Lunatic asylums Madras 1892-1911 - 1892-1911
Year: 1892
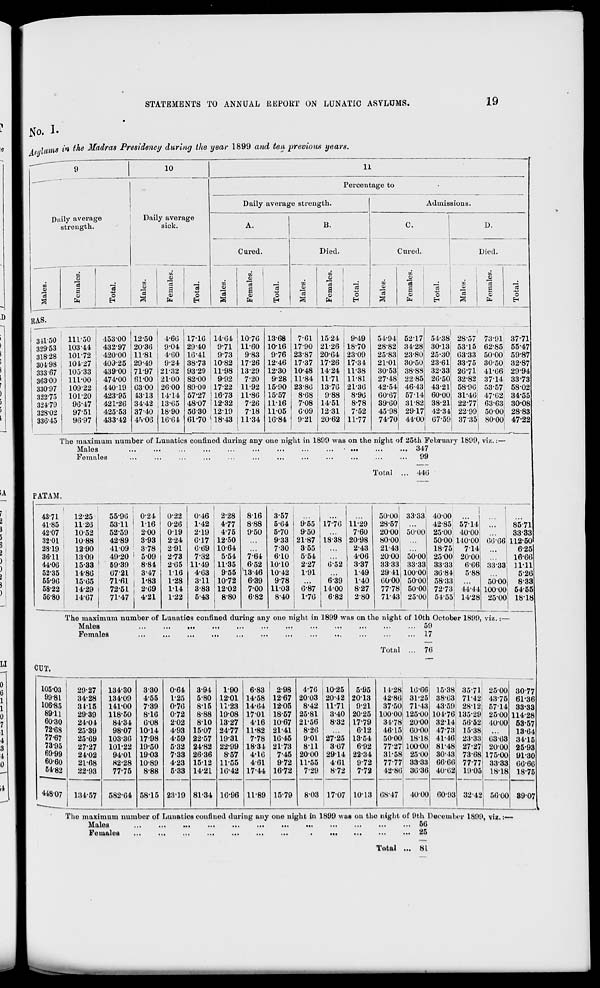
STATEMENTS TO ANNUAL REPORT ON LUNATIC ASYLUMS.
19
No. I-
i-ihinis in the Madras Presidency during the year 1899 and ten previous years.
9
10
Daily average
strength.
CO
<D
m
e3
o
3
a
CD
3
fa
Daily average
sick.
11
Percentage to
Daily average strength.
Cured.
$
'o
EH
to
o
EC
ri
1
V
S
C3
CO
cS
a
CD
a
CO
O
A
«
fa
H
a
fa 1
o
EH
B.
Died.
o
15
09
C9
a
fa
o
EH
Admissions.
C.
Cured.
D.
Died.
'Ml
CU
ta
m
0)
<D
cS
CO
cS
a
1
£
a
01
o
CD
fa
EH
a
fa
RAS.
311-50
329-53
318-28
304-98
33367
363-00
330-97
322-75
324-79
328-02
336-45
111-50
453-00 12-50
4-60 17-10 1404 10-70 13-68
7-61 1524
9-49
54-94 52-17 54-38
10344
432-97 20-30
9-04 29-40
9-71 11-60 1016 17-90 21-26 18-70
28-82 34-28 30-13!
101-72
420-00 11-81
4-60 10-41
9-73
9-83
976 23-87 20-04 23-09
25-83 23-80 25-30
10427
403-25 29-49
9-24 3873 10-82 17-26 12-46 17-37 17-26 17-34
21-01 30-50 23-61
10533
43900 7197 21-32 9329 11-98 1329 12-30 10-48 14-24 11-38
30-53 38-88 32-33
111-00
474-00 61-00 2100 82-00
9-92
7-20
9-28 11-84 11-71 11-81
27-48 22-85 26-50
10922
44019 03 00 2600 89-00 1722 11-92 15-90 23-80 13-70 2130
42-54 46-43 43-21
10120
423 95 4313 14-14 57-27 16-73 11-86 15-57
8-68
9-88
8-90
00-07 57-14 60-00
96-47
421-26 34-42 13-05 48-07 12-32
7-26 11-16
7-08 14-51
8-78
39-00 3182 38-21
9751
42553 37-40 18-90 50-30 12-19
7-18 11-05
009 12-31
7-52
45-98 2917 42-34
96-97
43342 4fv0G 10-04 61-70 l 18-43
i
1.1-34 10-84
9-21 20-62 11-77
74-70 44-00 07-59
28-57
5315
0333
33-75
20-71
32-82
58-90
31-40
22-77i
22-99
37-35:
73-91
62-85J
50-00 1
30-50j
41-06
3714
53-57
47-021
63-63,
50-00
80-00
The maximum number of Lunatics confined during any one night in 1899 was on the night of 25th February 1899, viz.
Males
■
347
Females
...
...
...
...
...
...
...
...
...
...
...
...
99
o
EH
37-71
55-47
59-87
32-87
29-94
3373
58-02
34-55
30-08
28-83
47-22
Total
440
PAT AM.
43-71
41-85
42-07
32-01
28-19
36-11
44-06
52-35
55-90
58-22
56-80
12-25
11-20
10-52
10-88
12-90
13-09
15-33
14-80
1505
14-29
14-07
55-90
5311
52-59
42-89
41-09
49-20
59-39
0721
71-61
72-51
71-47
0-24
0-22
0-46
2-28
8-16
3-57
...
i
116
0-26
1-42
4-77
8-88
5-04
9-55 17-70 11-29
200
019
2-19
4-75
9-50
5-70
9-50
...
7-60
3-93
2-24
0-17 1250
9-33 21-87 1838 20-98
3-78
2-91
0-69 1064
7-30
3-55
2-43
509
2-73
7-32
5-54
7-64
610
554
4-06
8-84
205 11-49 11-35
6-52 10-10
2-27
0-52
3-37
3-47
116
403
9-55 13-46 1042
1-91
...
1-49
1-83
1-28
311 10-72
6-39
9-78
6-39
1-40
209
114
3-83 1202
7-00 1103
0-87 14-00
8-27
421
1-22
5-43
8-80
6-82
8-40
1-70
6-82
2-80
I
5000;
28-57
2000i
80-00
21-43!
2000!
33-33
29-41!
0000,
77-78;
7143
33-33
50-00
50-00
33-33
10000
50-00
50-00
25-00
4000
42-85
25-00
5000
18-75
2500
33-33
30-84
58-33
72-73
54*55
5714
40-00
110-00
714
20-00
006
5-88
•44-14
14-28
0006
33-33
5000j
10000
2500
8571
33-33
112-50
6-25
16-60
11-11
5-26
833
54-55
18-18
The maximum number of Lunatios confined during any one night in 1899 was on the night of 10th October 1899, viz.
Males
... 59
Females
17
Total
7(5
CUT.
105-03
29-27
134-30
330
0-64
3-94
1-90
6-83
2-98
4-70 10-25
5-95
14-28 lOOOi
99-81
34-28
13409
4-55
1-25
5-80 1201 14-58 12-67 2003 20-42 2013
42-80 31-25 1
106-85
3415
141-00
739
0-70
8-15 1123 14-04 1205
8-42 11-71
9-21
37-50 71-43
8911
29-39
118-50
8-10
0-72
8-88 19-08 17-01 18-57 2581
3-40 20-25 10000 125-00
60-30
24-04
84-34
0-08
2-02
810 1327
4-16 10-67 21-56
8-32 1779
3478 2000
72-68
25-39
98-07 1014
4-93 1507 24-77 11-82 2141
8-20
612
46-15 oo-oo
77-67
2509
103-30 17-98
4-59 22-57 19-31
7-78 10-45
9-01 2725 13-54
50-00 18-181
73-95
27-27
101-22 19-50
5-32 24-82 22-99 18-34 2173
811
3-07
6-92
77-27 100-00
69-99
24-02
9401 1903
733 26-36
8-57
4-10
7-45 2000 29-14 22-34
31-58 25-00 1
60-60
21-68
82-28 10-89
4-23 1512 11-55
4-61
9-72 11-55
401
9-72
77-77 33-33
54-82
448-07
22-93
77-75
8-88
5-33 14-21 10-42
10-96
17-44 16-72
7-29
8-72
7-72
42-80 3036
4000
1
134-57
582-04 58-15 2319 81-34
11-89 15-79
8-03 17-07 1013 08-47
15-38
38-03
43-59
104-70
32-14
4773
4116
81-48
80*48
00-00
40 02
60-93
35-71
7142
2812
135-29
5052
15-38
23-33
2727
73-08
77-77
1905
32-42
2500
43-75
5714
2500
10-00
03-03
2000
175-00
33-33
18-18
5000
30-77
61-36
33-33
114-28
53-57
1304
3415
25-93
91-30
00-60
18-75
8907
The maximum number of Lunatios confined during any one night in 1899 was on the night of 9th December 1899, viz.:
Males
...
...
...
...
...
...
...
...
...
...
...
... 50
Females
...
...
...
...
...
...
...
.
... 25
Total ... 81